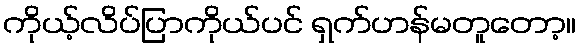
ကိုယ့်လိပ်ပြာကိုယ်ပင် ရှက်ဟန်မတူတော့။